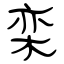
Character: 栾